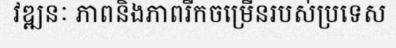
វឌ្ឍនៈ ភាពនិងភាពរីកចម្រើនរបស់ប្រទេស